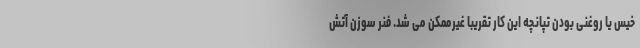
خیس یا روغنی بودن تپانچه این کار تقریبا غیرممکن می شد. فنر سوزن آتش